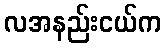
လအနည်းငယ်က